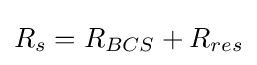
R_{s}=R_{BCS}+R_{res}